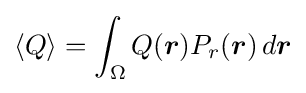
\langle Q\rangle =\int _{\Omega }Q({\boldsymbol {r}})P_{r}({\boldsymbol {r}})\,d{\boldsymbol {r}}